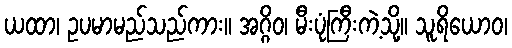
ယထာ၊ ဥပမာမည်သည်ကား။ အဂ္ဂိဝ၊ မီးပုံကြီးကဲ့သို့။ သူရိယောဝ၊